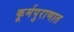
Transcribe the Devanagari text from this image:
कूर्मपुराणात